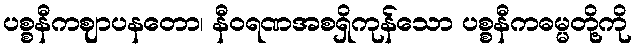
ပစ္စနီကဈာပနတော၊ နီဝရဏအစရှိကုန်သော ပစ္စနီကဓမ္မတို့ကို